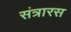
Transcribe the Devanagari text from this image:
संत्रारस